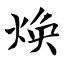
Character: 焕